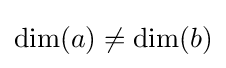
\dim(a)\neq \dim(b)